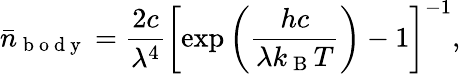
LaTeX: \bar{n}_{\mathrm{~b~o~d~y~}}=\frac{2c}{\lambda^{4}}\left[\exp\left(\frac{hc}{\lambda k_{\mathrm{~B~}}T}\right)-1\right]^{-1},